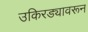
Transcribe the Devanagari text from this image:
उकिरड्यावरून